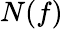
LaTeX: N(f)